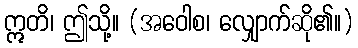
ဣတိ၊ ဤသို့။ (အဝေါစ၊ လျှောက်ဆို၏။)